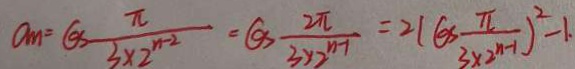
a _ { m } = G S \frac { \pi } { 3 \times 2 ^ { n - 2 } } = G S - \frac { 2 \pi } { 3 \times 2 ^ { n - 1 } } = 2 ( G S \frac { \pi } { 3 \times 2 ^ { n - 1 } } ) ^ { 2 } - 1 .